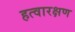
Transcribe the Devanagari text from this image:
हत्वारक्षण